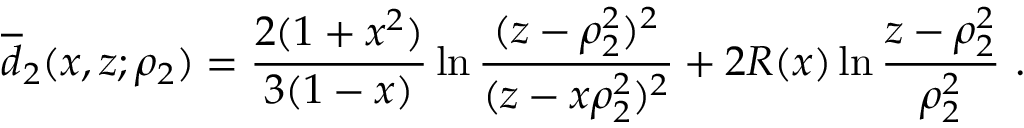
\overline { { d } } _ { 2 } ( x , z ; \rho _ { 2 } ) = \frac { 2 ( 1 + x ^ { 2 } ) } { 3 ( 1 - x ) } \ln \frac { ( z - \rho _ { 2 } ^ { 2 } ) ^ { 2 } } { ( z - x \rho _ { 2 } ^ { 2 } ) ^ { 2 } } + 2 R ( x ) \ln \frac { z - \rho _ { 2 } ^ { 2 } } { \rho _ { 2 } ^ { 2 } } \ .